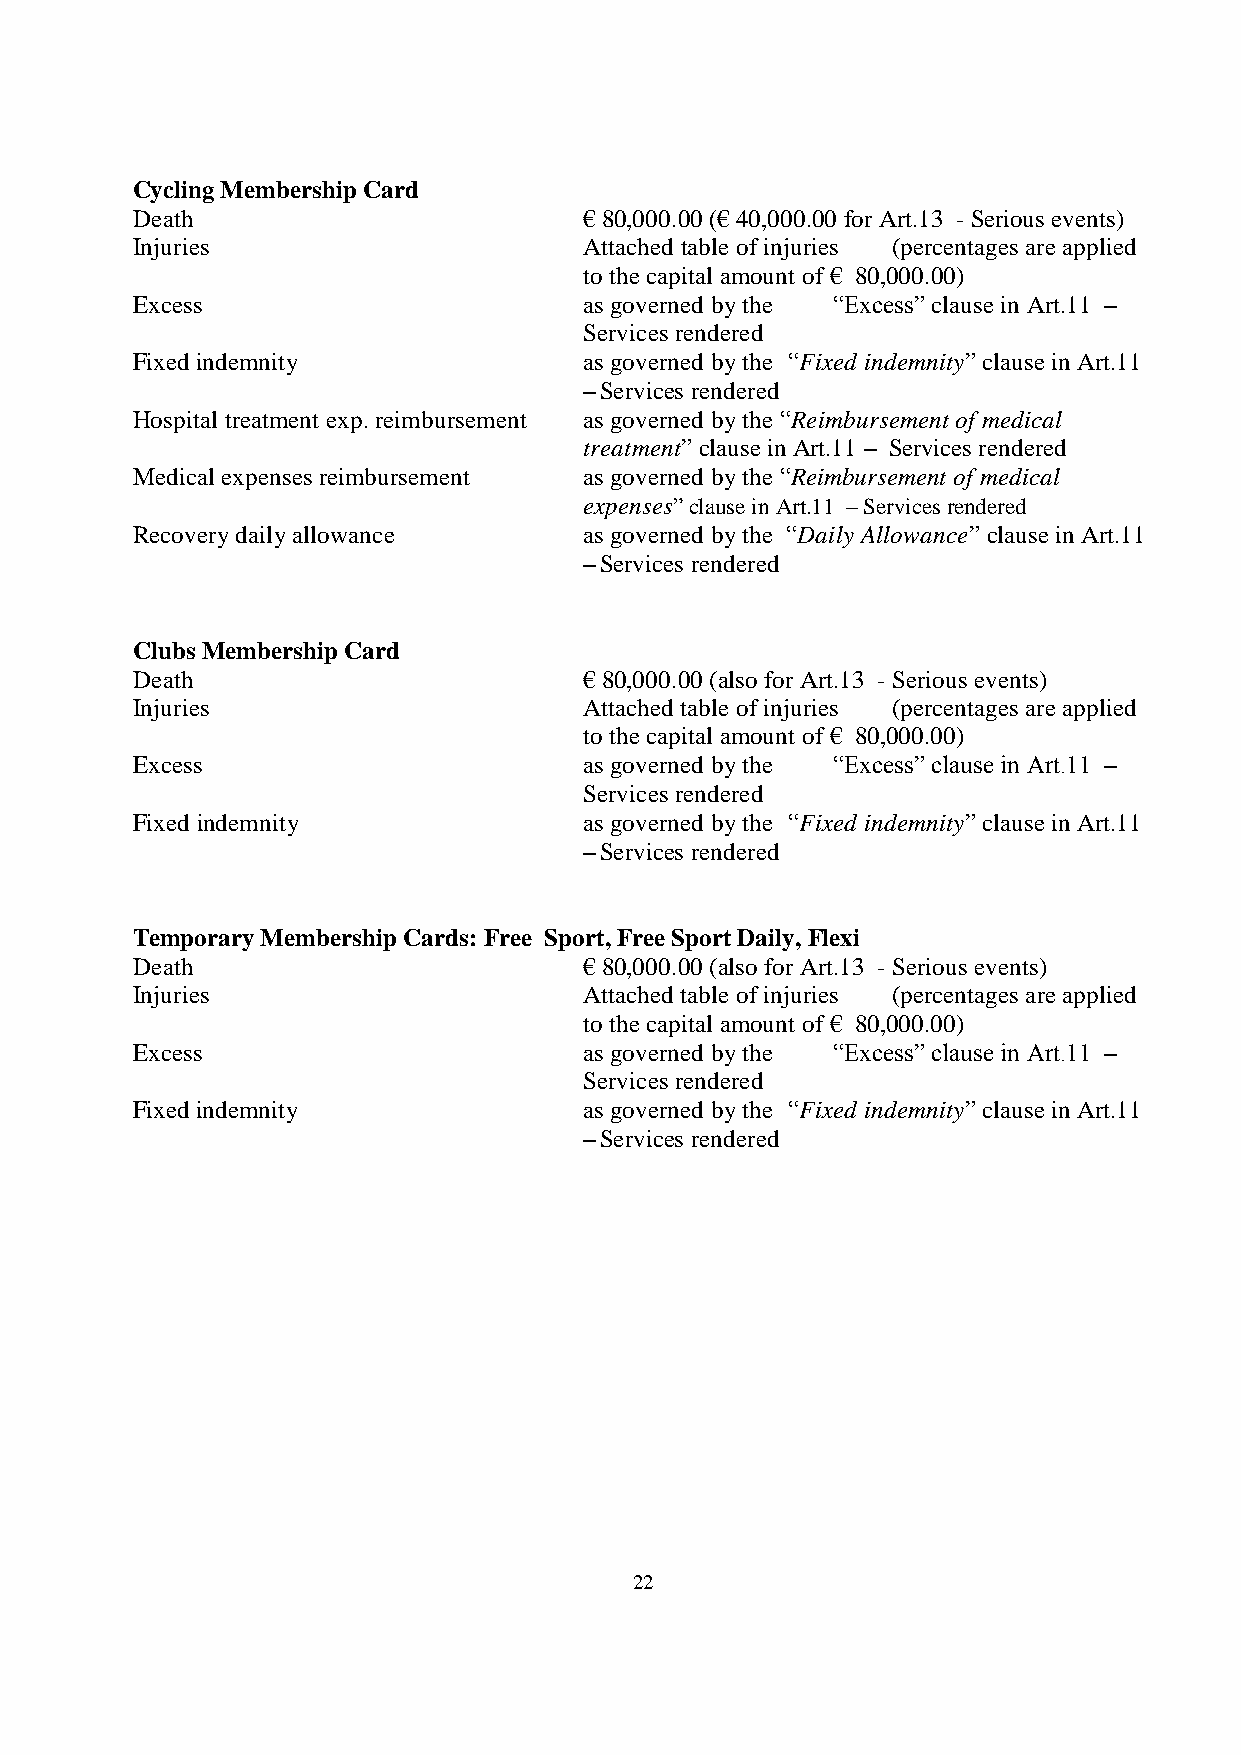
Cycling Membership Card
 Death                         € 80,000.00 (€ 40,000.00 for Art.13 - Serious events)
 Injuries                      Attached table of injuries (percentages are applied
 to the capital amount of € 80,000.00)
 Excess                        as governed by the “Excess” clause in Art.11 –
 Services rendered
 Fixed indemnity               as governed by the “Fixed indemnity” clause in Art.11
 – Services rendered
 Hospital treatment exp. reimbursement as governed by the “Reimbursement of medical
 treatment” clause in Art.11 – Services rendered
 Medical expenses reimbursement as governed by the “Reimbursement of medical
 expenses” clause in Art.11 – Services rendered
 Recovery daily allowance      as governed by the “Daily Allowance” clause in Art.11
 – Services rendered
 Clubs Membership Card
 Death                         € 80,000.00 (also for Art.13 - Serious events)
 Injuries                      Attached table of injuries (percentages are applied
 to the capital amount of € 80,000.00)
 Excess                        as governed by the “Excess” clause in Art.11 –
 Services rendered
 Fixed indemnity               as governed by the “Fixed indemnity” clause in Art.11
 – Services rendered
 Temporary Membership Cards: Free Sport, Free Sport Daily, Flexi
 Death                         € 80,000.00 (also for Art.13 - Serious events)
 Injuries                      Attached table of injuries (percentages are applied
 to the capital amount of € 80,000.00)
 Excess                        as governed by the “Excess” clause in Art.11 –
 Services rendered
 Fixed indemnity               as governed by the “Fixed indemnity” clause in Art.11
 – Services rendered
 22